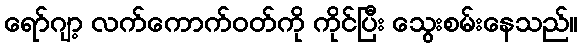
ရော်ဂျာ့ လက်ကောက်ဝတ်ကို ကိုင်ပြီး သွေးစမ်းနေသည်။